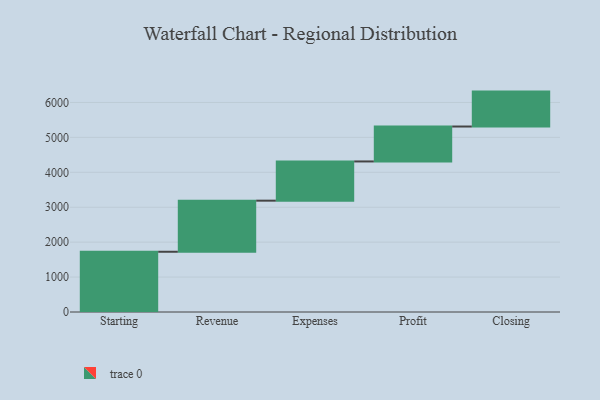
{"axis": {"x": "Step", "y": "Value"}, "legend": [""], "data": [{"x": "Starting", "y": 1725.0, "type": ""}, {"x": "Revenue", "y": 1463.0, "type": ""}, {"x": "Expenses", "y": 1123.0, "type": ""}, {"x": "Profit", "y": 1000, "type": ""}, {"x": "Closing", "y": 1000, "type": ""}]}